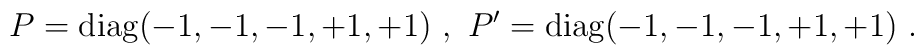
P={\rm diag}(-1, -1, -1, +1, +1)~,~P'={\rm diag}(-1, -1, -1, +1, +1) ~.~\,